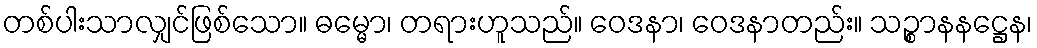
တစ်ပါးသာလျှင်ဖြစ်သော။ ဓမ္မော၊ တရားဟူသည်။ ဝေဒနာ၊ ဝေဒနာတည်း။ သဉ္စာနနဋ္ဌေန၊